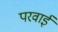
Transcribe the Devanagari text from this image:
परवाई